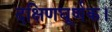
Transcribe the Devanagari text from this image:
दक्षिणघूर्णक।